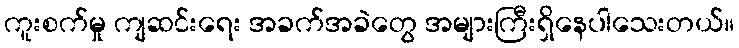
ကူးစက်မှု ကျဆင်းရေး အခက်အခဲတွေ အများကြီးရှိနေပါသေးတယ်။